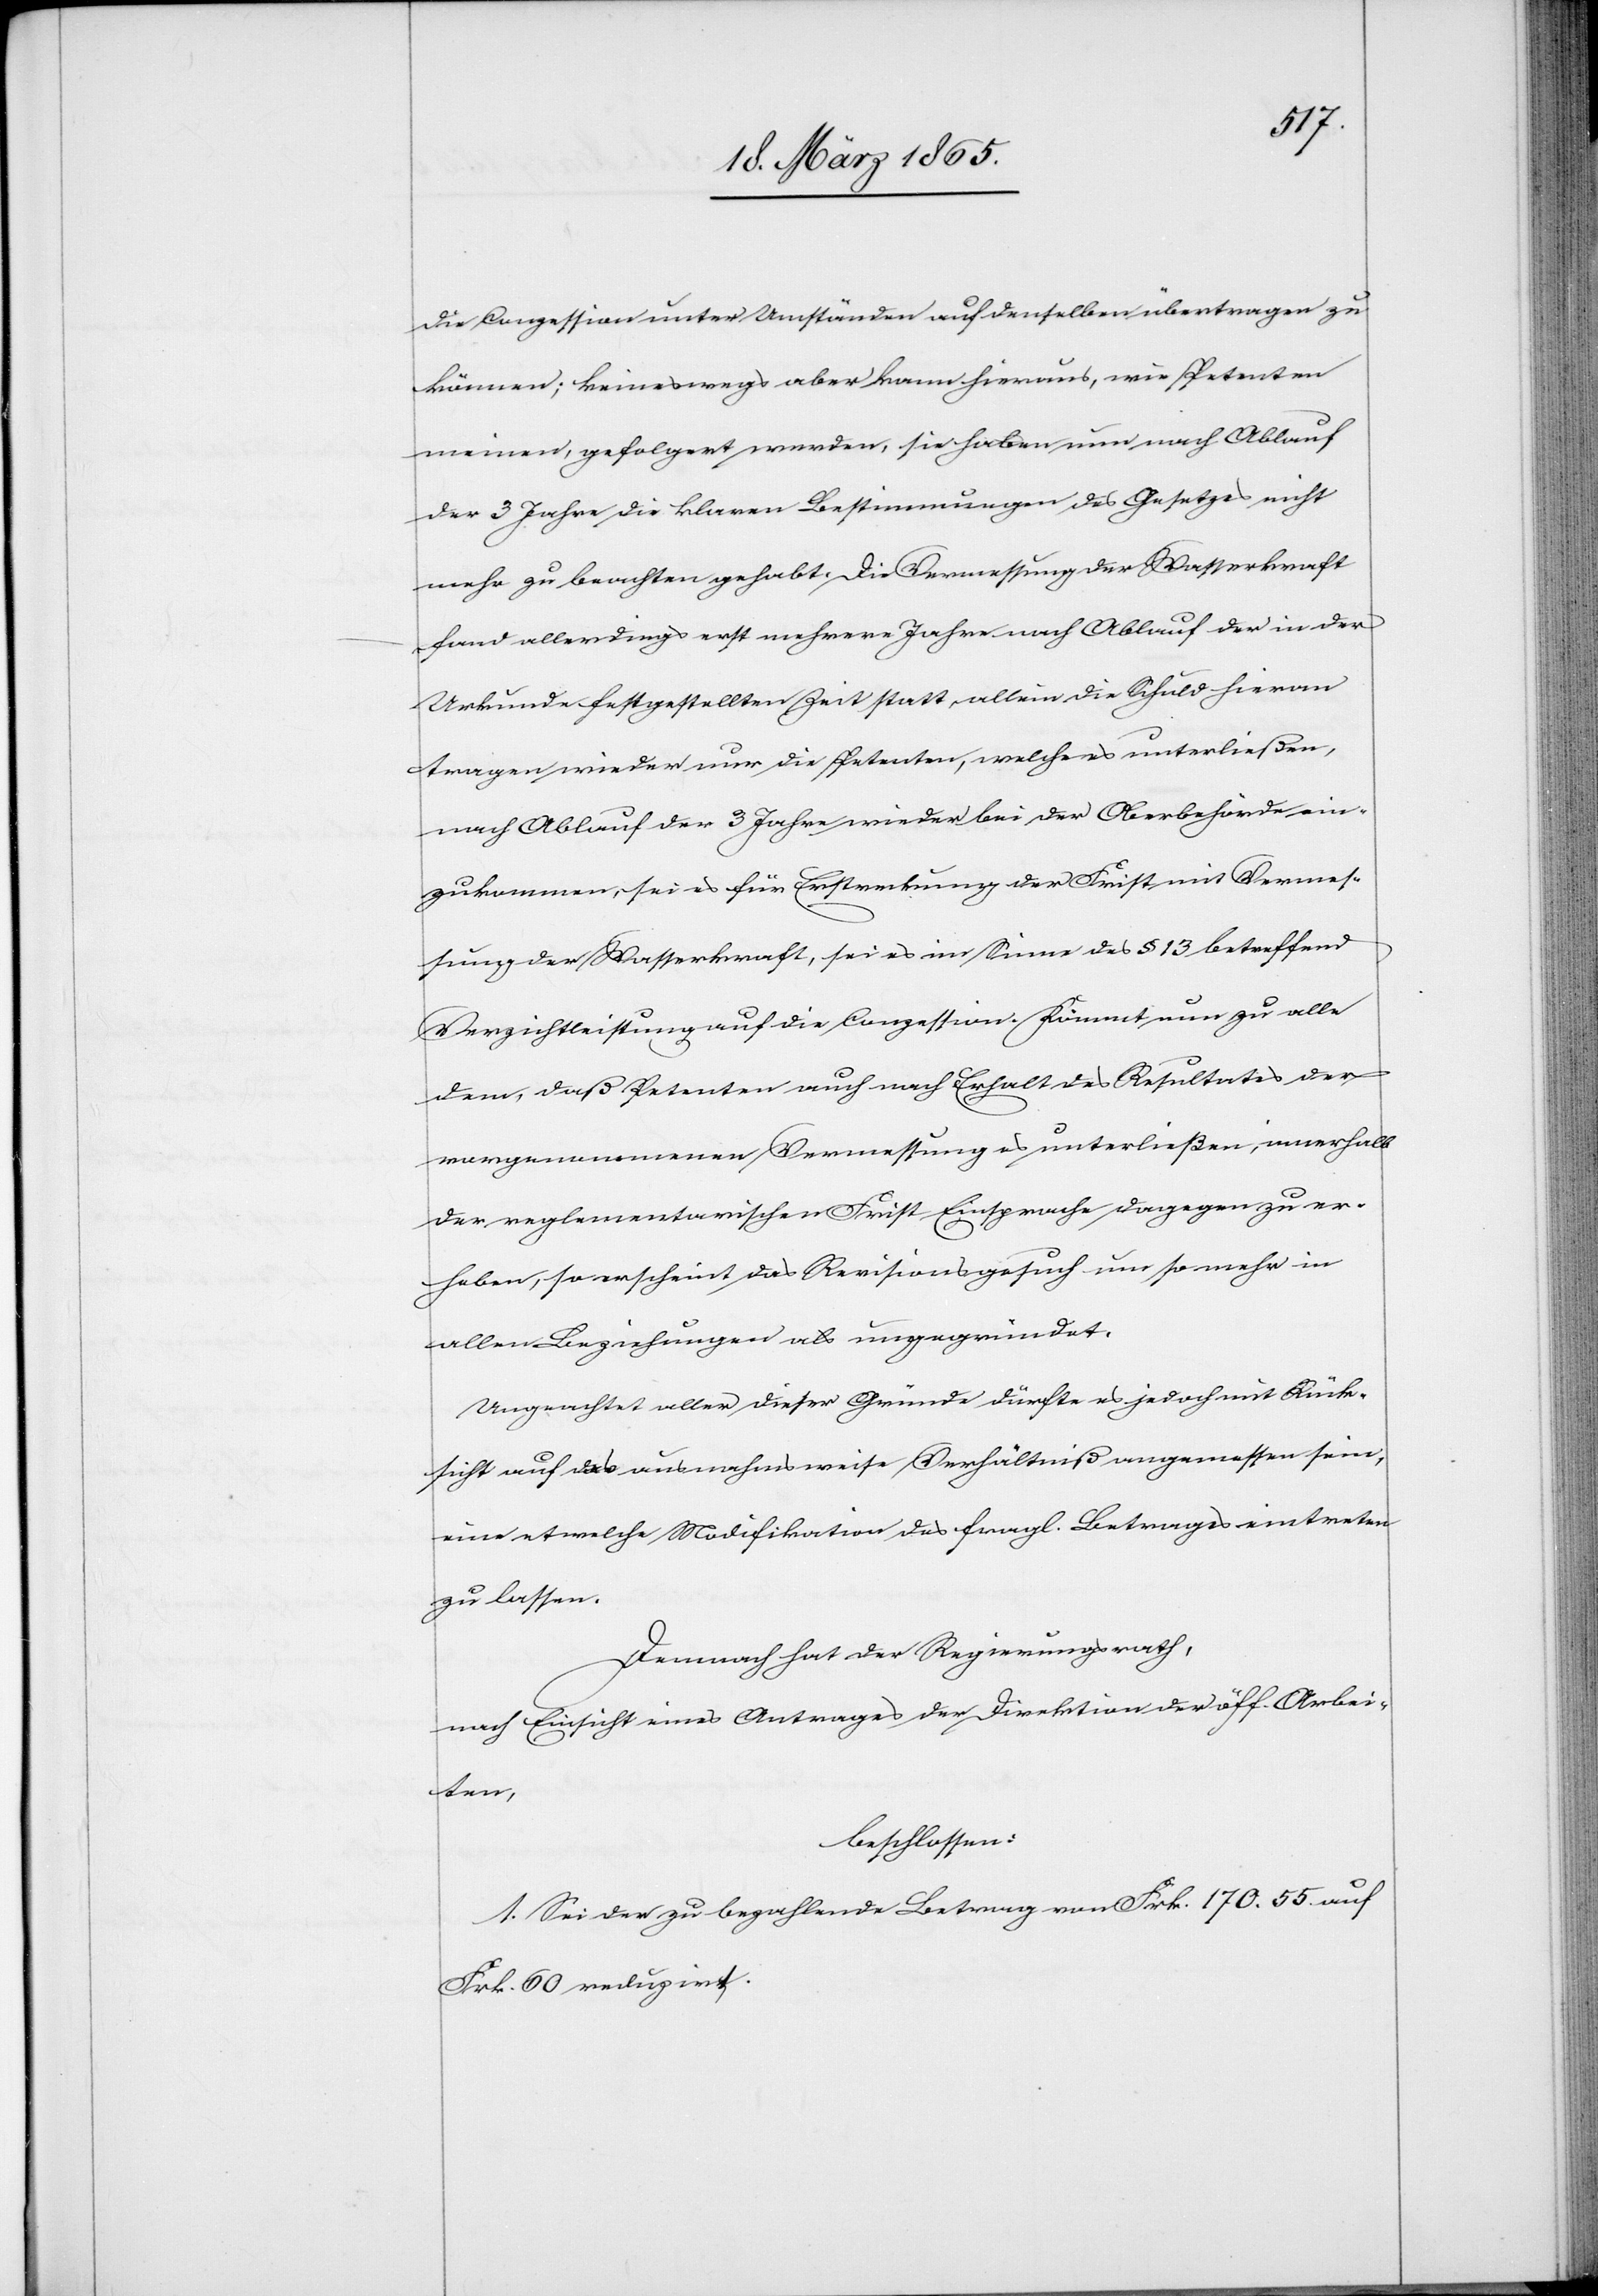
die Conzesson unter Umständen auf denselben übertragen zu
können; keineswegs aber kann hieraus, wie Petenten
meinen, gefolgert werden, sie haben nun nach Ablauf
der 3 Jahre die klaren Bestimmungen des Gesetzes nicht
mehr zu beachten gehabt. Die Vermessung der Wasserkraft
fand allerdings erst mehrere Jahre nach Ablauf der in der
Urkunde festgestellten Zeit statt, allein die Schuld hieran
tragen wieder nur die Petenten, welch es unterließen,
nach Ablauf der 3 Jahre wieder bei der Oberbehörde ein¬
zukommen, sei es für Erstreckung der Frist mit Vermes¬
sung der Wasserkraft, sei es im Sinne des § 13 betreffend
Verzichtleistung auf die Conzession. Kömmt nun zu alle
dem, daß Petenten auch nach Erhalt des Resultates der
vorgenommenen Vermessung es unterließen, innerhalb
der reglementarischen Frist Einsprache dagegen zu er¬
heben, so erscheint das Revisionsgesuch um so mehr in
allen Beziehungen als ungegründet.
Ungeachtet aller dieser Gründe dürfte es jedoch mit Rück¬
sicht auf das ausnahmsweise Verhältniß angemessen sein,
eine etwelche Modifikation des fragl. Betrages eintreten
zu lassen.
Demnach hat der Regierungsrath,
nach Einsicht eines Antrages der Direktion der öff. Arbei¬
ten,
beschlossen:
1. Sei der zu bezahlende Betrag von Frk. 170. 55. auf
Frk. 60 reduzirt.